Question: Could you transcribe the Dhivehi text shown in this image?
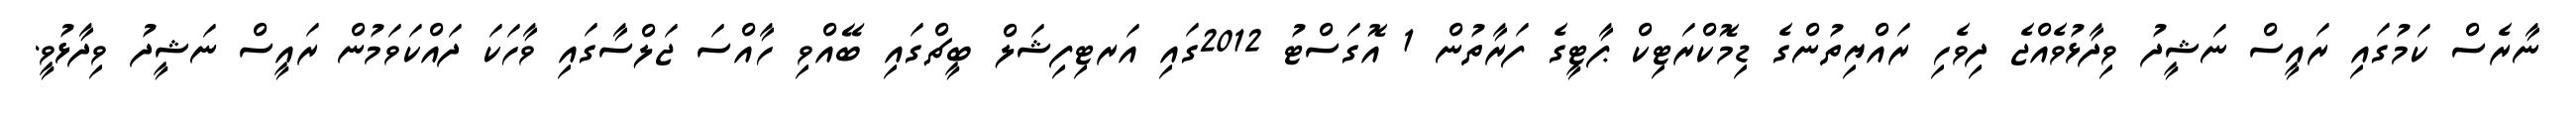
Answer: ނާރެސް ކަމުގައި ރައީސް ނަޝީދު ވިދާޅުވެއްޖެ ދިވެހި ރައްޔިތުންގެ ޑިމޮކްރަޓިކް ޕާޓީގެ ފަރާތުން 1 އޮގަސްޓު 2012ގައި އަރޓިފިޝަލް ބީޗްގައި ބޭއްވި ހާއްސަ ޖަލްސާގައި ވާހަކަ ދައްކަވަމުން ރައީސް ނަޝީދު ވިދާޅުވީ.